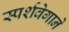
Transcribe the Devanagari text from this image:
स्पर्शवेगाने